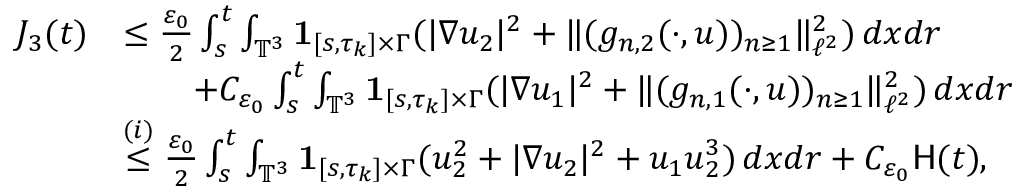
\begin{array} { r l } { J _ { 3 } ( t ) } & { \leq \frac { \varepsilon _ { 0 } } { 2 } \int _ { s } ^ { t } \int _ { \mathbb { T } ^ { 3 } } { { \bf 1 } } _ { [ s , \tau _ { k } ] \times \Gamma } ( | \nabla u _ { 2 } | ^ { 2 } + \| ( g _ { n , 2 } ( \cdot , u ) ) _ { n \geq 1 } \| _ { \ell ^ { 2 } } ^ { 2 } ) \, d x d r } \\ & { \qquad + C _ { \varepsilon _ { 0 } } \int _ { s } ^ { t } \int _ { \mathbb { T } ^ { 3 } } { { \bf 1 } } _ { [ s , \tau _ { k } ] \times \Gamma } ( | \nabla u _ { 1 } | ^ { 2 } + \| ( g _ { n , 1 } ( \cdot , u ) ) _ { n \geq 1 } \| _ { \ell ^ { 2 } } ^ { 2 } ) \, d x d r } \\ & { \stackrel { ( i ) } { \leq } \frac { \varepsilon _ { 0 } } { 2 } \int _ { s } ^ { t } \int _ { \mathbb { T } ^ { 3 } } { { \bf 1 } } _ { [ s , \tau _ { k } ] \times \Gamma } ( u _ { 2 } ^ { 2 } + | \nabla u _ { 2 } | ^ { 2 } + u _ { 1 } u _ { 2 } ^ { 3 } ) \, d x d r + C _ { \varepsilon _ { 0 } } \mathsf { H } ( t ) , } \end{array}